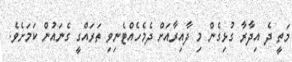
މަތީ ދެ އިދާރާ ގުޅިގެން މި ދާއިރާއަށް ދެމެހެއްޓެނިވި ތަރައްގީ ގެނައުން ކަމަށެވެ.